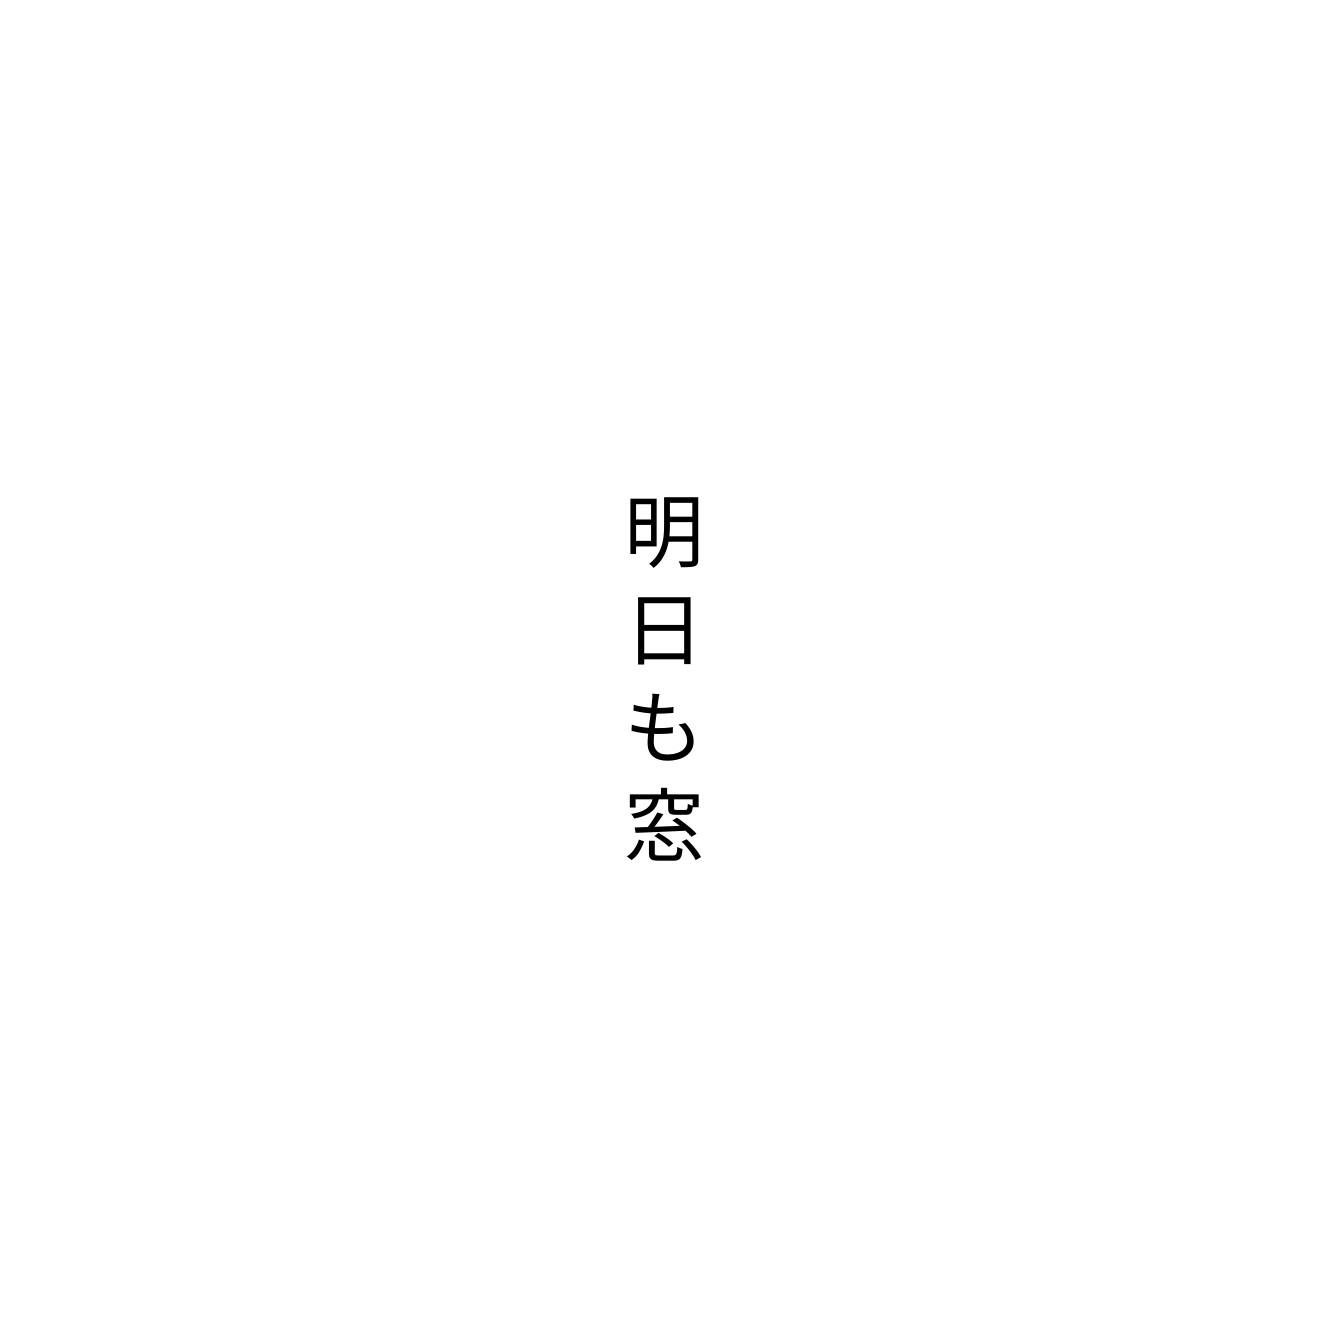
明日も窓